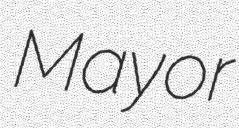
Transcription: Mayor